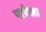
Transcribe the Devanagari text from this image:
पारेख।